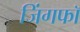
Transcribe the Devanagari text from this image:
जिंगफाॅ